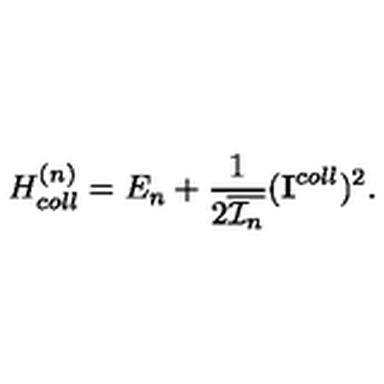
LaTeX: H _ { c o l l } ^ { ( n ) } = E _ { n } + \frac { 1 } { 2 \overline { { { \cal I } _ { n } } } } ( { \bf I } ^ { c o l l } ) ^ { 2 } .